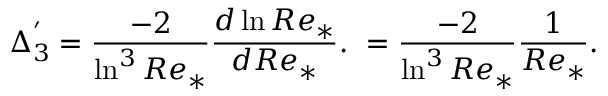
\Delta _ { 3 } ^ { ' } = \frac { - 2 } { \ln ^ { 3 } R e _ { * } } \frac { d \ln R e _ { * } } { d R e _ { * } } . \ = \frac { - 2 } { \ln ^ { 3 } R e _ { * } } \frac { 1 } { R e _ { * } } .